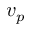
v _ { p }